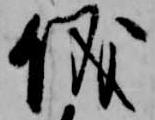
儀